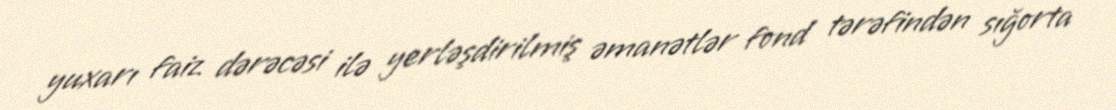
yuxarı faiz dərəcəsi ilə yerləşdirilmiş əmanətlər fond tərəfindən sığorta